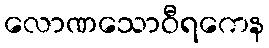
လောဏသောဝီရကေန